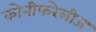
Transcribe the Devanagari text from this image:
कोनीफरेलीज